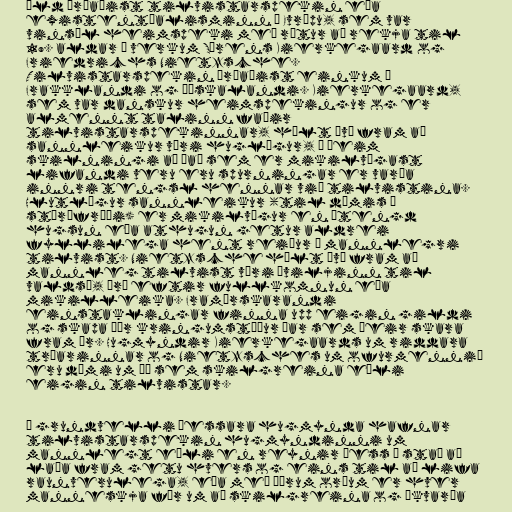
öld þróaðist tilvistarspekin eða
existentíalisminn í Evrópu, sem var
vinsæl heimspeki með rætur að rekja til
19. aldar í verkum Sørens Kierkegaard og
Friedrichs Nietzsche.
Tilvistarspekin þróaðist einkum í
Frakklandi og Þýskalandi. Kierkegaard,
sem var danskur heimspekingur og er
almennt talinn faðir
tilvistarspekinnar, hélt því fram að
sannleikur væri huglægur, í þeim
skilningi að það sem er mikilvægast
lifandi veru eru spurningar er varða
innri tengsl hennar við tilvistina.
Hlutlægur sannleikur (til dæmis í
stærðfræði) er mikilvægur en ótengd
hugsun eða athugun getur aldrei
fyllilega hent reiður á mannlegri
tilvist. Nietzsche hélt því fram að
mannleg tilvist væri „viljinn til
valds“, þrá eftir fullkomnun eða
mikilleika. Framúrskarandi
einstaklingar finna upp eigin gildi
og skapa þær kringumstæður þar sem þeir skara
fram úr. Hugmyndir Kierkegaards um riddara
trúarinnar og Nietzsches um ofurmennið
eru dæmi um þá sem skilgreina eðli
eigin tilvistar.

Á grundvelli þessara hugmynda hafnar
tilvistarspekin hugmyndinni um
mannlegt eðli en reynir þess í stað að
laða fram getu hvers og eins til að lifa
raunverulega, eða með öðrum orðum er hver
manneskja fær um að skilgreina og ákvarða